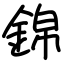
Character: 錦